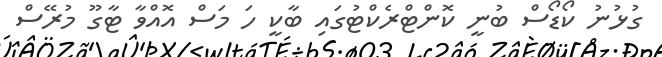
ގުޅުނު ކޯޑޯސް ބުނީ ކޮންޓްރެކްޓުގައި ބާކީ ހަ މަސް އޮއްވާ ޓާގޫ މުރޭސް